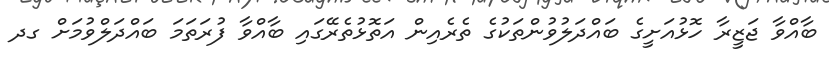
ބާއްވާ ޖަޒީރާ ހޮޅުއަށީގެ ބައްދަލުވުންތަކުގެ ތެރެއިން އަތޮޅުތެރޭގައި ބާއްވާ ފުރަތަމަ ބައްދަލްވުމަށް ގދ